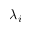
\lambda _ { i }